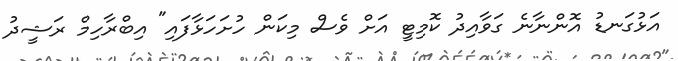
އަޅުގަނޑު އޮންނާނެ ގަވާއިދު ކޮމިޓީ އަށް ވެސް މިކަން ހުށަހަޅާފައި" އިބްރާހިމް ރަޝީދު